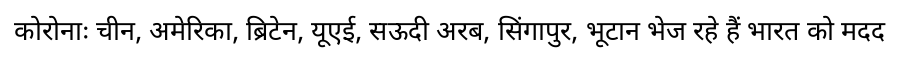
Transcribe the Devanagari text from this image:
कोरोनाः चीन, अमेरिका, ब्रिटेन, यूएई, सऊदी अरब, सिंगापुर, भूटान भेज रहे हैं भारत को मदद